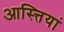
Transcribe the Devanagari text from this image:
आस्त्तियां